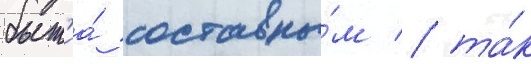
быт'иа́ составны́м / та́к